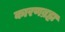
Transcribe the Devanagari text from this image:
कारणब्रह्म